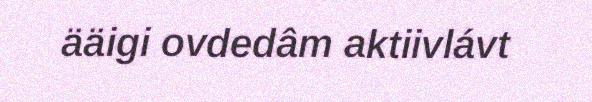
ääigi ovdedâm aktiivlávt